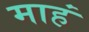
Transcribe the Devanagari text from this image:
माहं